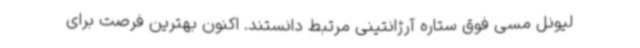
لیونل مسی فوق ستاره آرژانتینی مرتبط دانستند. اکنون بهترین فرصت برای